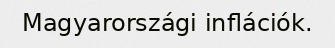
Magyarországi inflációk.